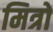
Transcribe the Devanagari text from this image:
मित्रों